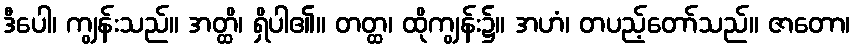
ဒီပေါ၊ ကျွန်းသည်။ အတ္ထိ၊ ရှိပါ၏။ တတ္ထ၊ ထိုကျွန်း၌။ အဟံ၊ တပည့်တော်သည်။ ဇာတော၊